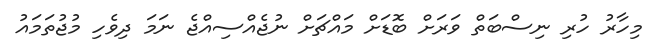
މިހާރު ހުރި ނިސްބަތް ވަރަށް ބޮޑަށް މައްޗަށް ނުޖެއްސިއްޖެ ނަމަ ދިވެހި މުޖުތަމައު